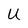
Character: U